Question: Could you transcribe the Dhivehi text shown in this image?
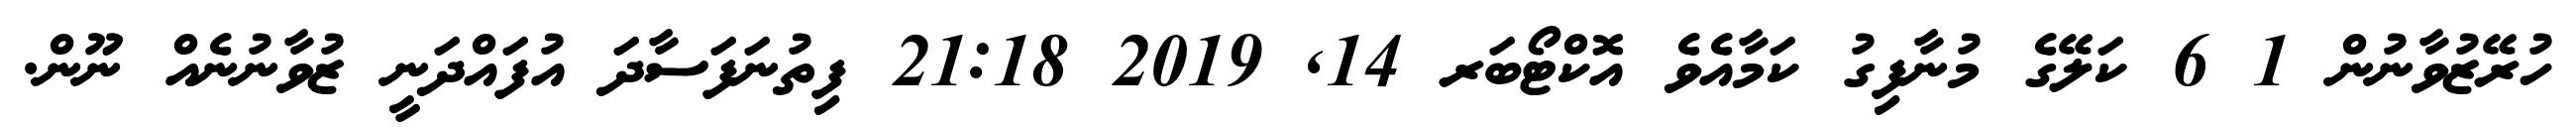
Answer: ހުރޭޒުވާނުން 1 6 ކަލޭގެ މުނާފިގު ކަމާއެވެ އޮކްޓޯބަރ 14, 2019 21:18 ފިތުނަފަސާދަ އުފައްދަނީ ޒުވާނުނެއް ނޫން.